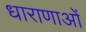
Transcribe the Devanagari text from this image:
धाराणाओं